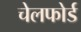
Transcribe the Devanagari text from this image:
चेलफोर्ड